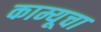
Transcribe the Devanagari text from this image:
काम्यूचा